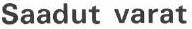
Saadut varat